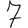
Digit: 7